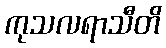
ကုသလရာသီတိ